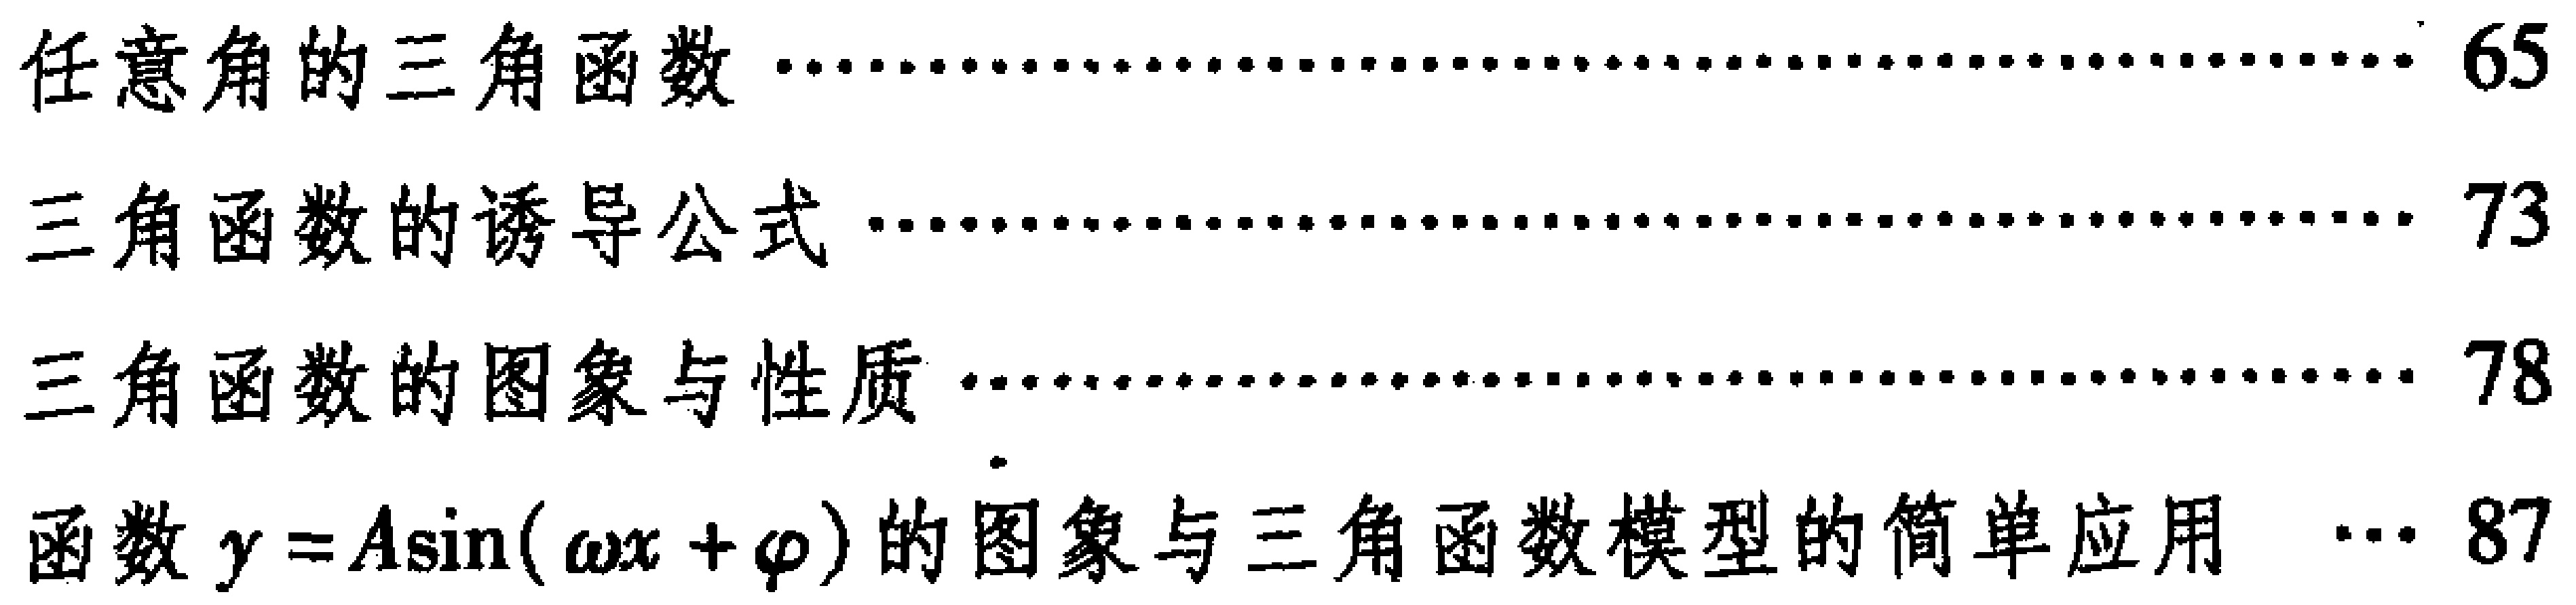
\begin{itemize}
\item 任意角的三角函数...................................................... 65
\item 三角函数的诱导公式...................................................... 73
\item 三角函数的图象与性质...................................................... 78
\item 函数\(y = A\sin(\omega x+\varphi)\)的图象与三角函数模型的简单应用  ... 87
\end{itemize}